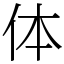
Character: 体